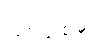
ပြင်သစ်မှ